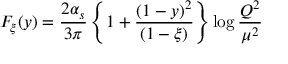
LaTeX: F _ { \xi } ( y ) = \frac { 2 \alpha _ { s } } { 3 \pi } \left\{ 1 + \frac { ( 1 - y ) ^ { 2 } } { ( 1 - \xi ) } \right\} \log \frac { Q ^ { 2 } } { \mu ^ { 2 } }